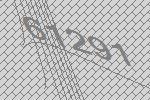
61291